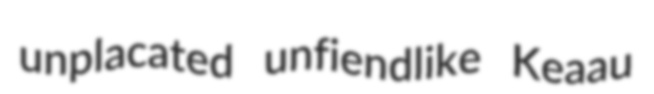
unplacated unfiendlike Keaau